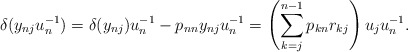
\begin{align*}\delta(y_{nj} u_n^{-1})=\delta(y_{nj})u_n^{-1}-p_{nn}y_{nj}u_n^{-1}=\left(\sum_{k=j}^{n-1} p_{kn} r_{kj}\right) u_ju_n^{-1}.\end{align*}